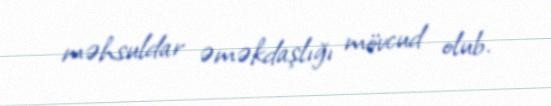
məhsuldar əməkdaşlığı mövcud olub.